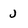
Character: J